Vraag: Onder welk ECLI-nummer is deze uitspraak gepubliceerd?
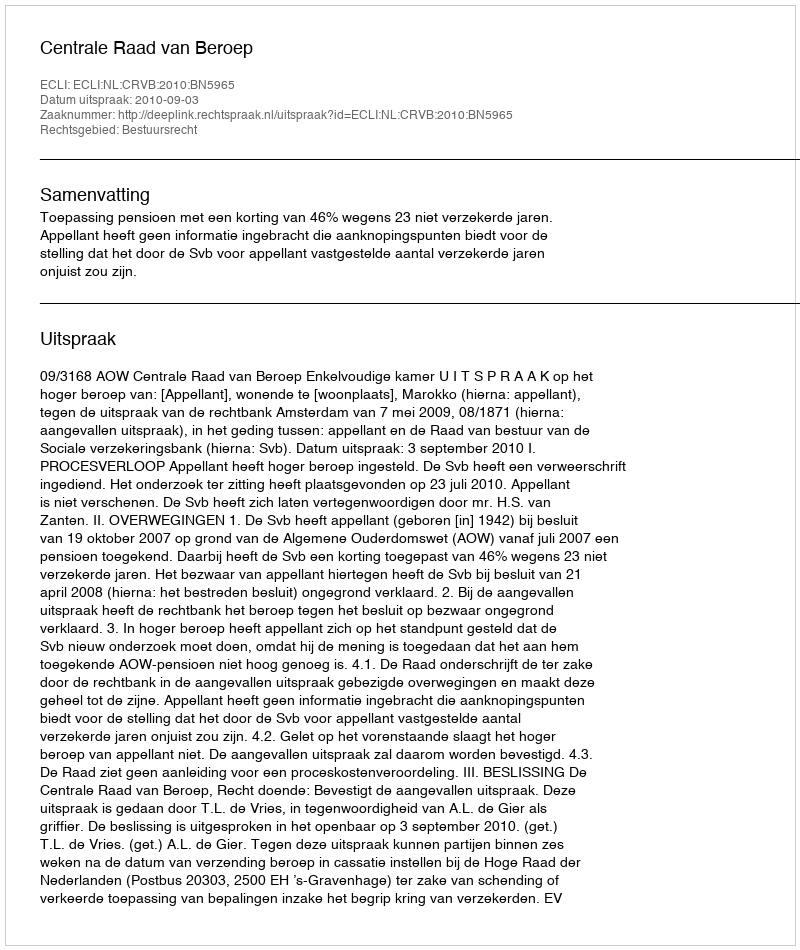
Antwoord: ECLI:NL:CRVB:2010:BN5965